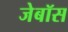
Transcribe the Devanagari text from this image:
जेबॉस